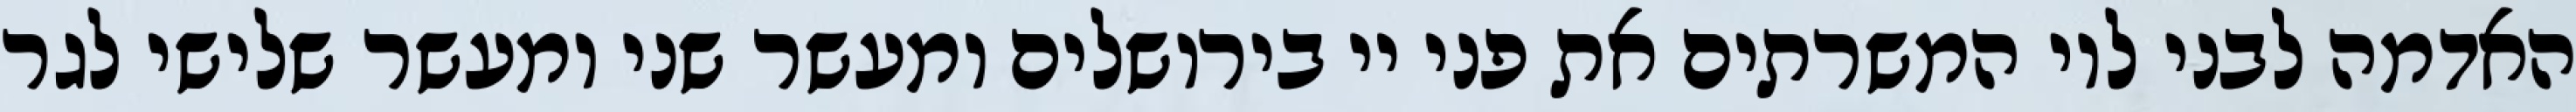
האדמה לבני לוי המשרתים את פני יי בירושלים ומעשר שני ומעשר שלישי לגר